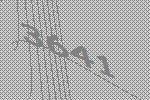
3641